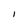
Character: I